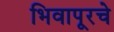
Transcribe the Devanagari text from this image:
भिवापूरचे